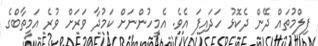
ފިލްމުތައް ދޭން ދެކޮޅު ހަދައިފަ އެވެ. އެމީހުންނަށް ކަމުދާ ވަރަށް ވުރެ އަމީތާބްގެ